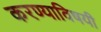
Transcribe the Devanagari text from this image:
करण्‍याविषयी